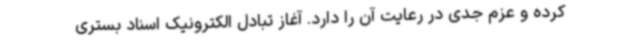
کرده و عزم جدی در رعایت آن را دارد. آغاز تبادل الکترونیک اسناد بستری